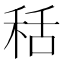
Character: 秳